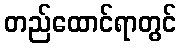
တည်ထောင်ရာတွင်